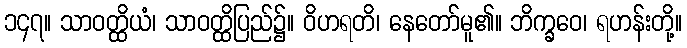
၁၄၇။ သာဝတ္ထိယံ၊ သာဝတ္ထိပြည်၌။ ဝိဟရတိ၊ နေတော်မူ၏။ ဘိက္ခဝေ၊ ရဟန်းတို့။